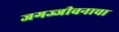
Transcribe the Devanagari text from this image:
जगज्जीवनाचा